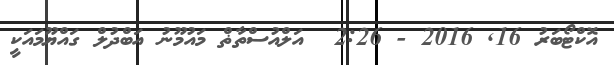
އޮކްޓޯބަރު 16